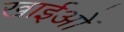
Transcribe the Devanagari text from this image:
खाईओं